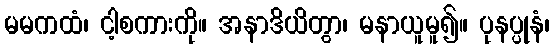
မမကထံ၊ ငါ့စကားကို။ အနာဒိယိတွာ၊ မနာယူမူ၍။ ပုနပ္ပုနံ၊